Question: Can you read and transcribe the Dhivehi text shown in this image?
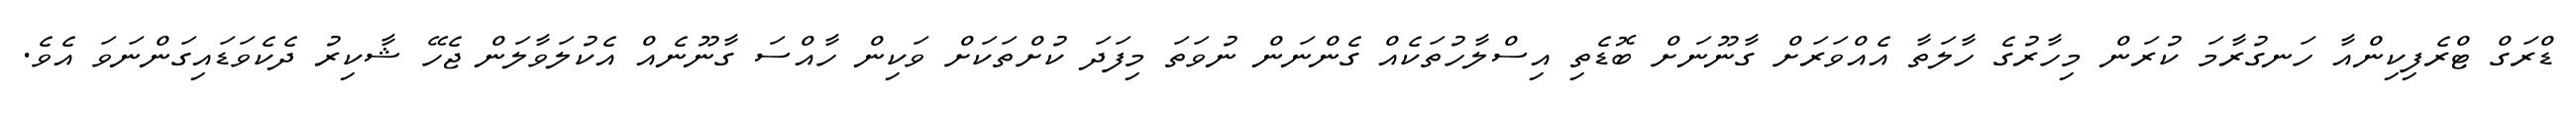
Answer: ޑްރަގް ޓްރެފިކިންއާ ހަނގުރާމަ ކުރަން މިހާރުގެ ހާލަތާ އެއްވަރަށް ގާނޫނަށް ބޮޑެތި އިސްލާހުތަކެއް ގެންނަން ނުވަތަ މިފަދަ ކުށްތަކަށް ވަކިން ހާއްސަ ގާނޫނެއް އެކުލަވާލަން ޖެހޭ ޝާކިރު ދެކެވަޑައިގަންނަވަ އެވެ.